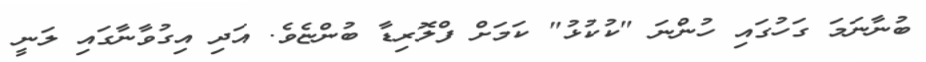
ބުނާނަމަ ގަހުގައި ހުންނަ "ކުކުޅު" ކަމަށް ފްލޮރިޑާ ބުންޏެވެ. އަދި އިގުވާނާގައި ލަނީ